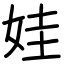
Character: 娃